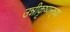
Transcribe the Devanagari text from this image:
उन्नीकृष्णन्‌च्या